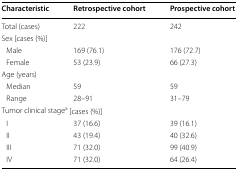
<table><thead><tr><td><b>Characteristic</b></td><td><b>Retrospective cohort</b></td><td><b>Prospective cohort</b></td></tr></thead><tbody><tr><td>Total (cases)</td><td>222</td><td>242</td></tr><tr><td colspan="3">Sex [cases (%)]</td></tr><tr><td> Male</td><td>169 (76.1)</td><td>176 (72.7)</td></tr><tr><td> Female</td><td>53 (23.9)</td><td>66 (27.3)</td></tr><tr><td colspan="3">Age (years)</td></tr><tr><td> Median</td><td>59</td><td>59</td></tr><tr><td> Range</td><td>28–91</td><td>31–79</td></tr><tr><td colspan="3">Tumor clinical stage<sup>a</sup> [cases (%)]</td></tr><tr><td> I</td><td>37 (16.6)</td><td>39 (16.1)</td></tr><tr><td> II</td><td>43 (19.4)</td><td>40 (32.6)</td></tr><tr><td> III</td><td>71 (32.0)</td><td>99 (40.9)</td></tr><tr><td> IV</td><td>71 (32.0)</td><td>64 (26.4)</td></tr></tbody></table>